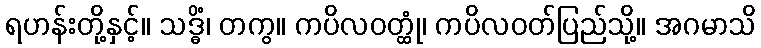
ရဟန်းတို့နှင့်။ သဒ္ဓိံ၊ တကွ။ ကပိလဝတ္ထုံ၊ ကပိလဝတ်ပြည်သို့။ အဂမာသိ